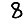
Digit: 8